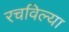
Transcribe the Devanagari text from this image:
रचविल्या